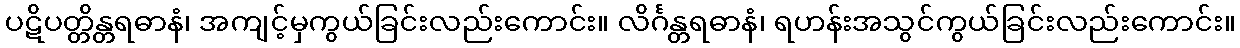
ပဋိပတ္တိန္တရဓာနံ၊ အကျင့်မှကွယ်ခြင်းလည်းကောင်း။ လိင်္ဂန္တရဓာနံ၊ ရဟန်းအသွင်ကွယ်ခြင်းလည်းကောင်း။